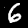
Label: 6